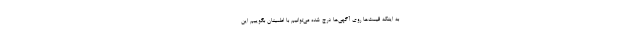
به اینکه قیمت‌ها روی آگهی‌ها درج شده می‌توانیم با اطمینان بگوییم این